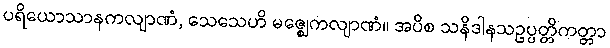
ပရိယောသာနကလျာဏံ, သေသေဟိ မဇ္ဈေကလျာဏံ။ အပိစ သနိဒါနသဥပ္ပတ္တိကတ္တာ